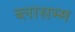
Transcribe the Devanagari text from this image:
ब्लासम्म